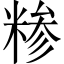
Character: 糁